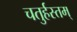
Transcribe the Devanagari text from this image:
चतुर्हस्तम्